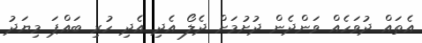
އެތައް ދުވަހެއް ވަންދެން ދުށުމަށް ދެލޯ އެދި އެދި ހުރި ބައްޕަ މިޔަދު